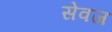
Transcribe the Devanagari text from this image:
सेवज